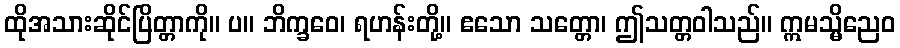
ထိုအသားဆိုင်ပြိတ္တာကို။ ပ။ ဘိက္ခဝေ၊ ရဟန်းတို့။ ဧသော သတ္တော၊ ဤသတ္တဝါသည်။ ဣမသ္မိညေဝ